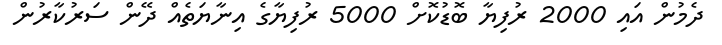
ދެމުން އައި 2000 ރުފިޔާ ބޮޑުކޮށް 5000 ރުފިޔާގެ އިނާޔަތެއް ދޭން ސަރުކާރުން